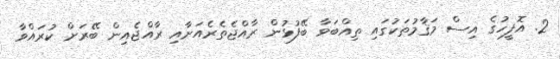
2. އޮފީހުގެ އިސް މަޤާމުތަކުގައި ތިއްބަވާ ބޭފުޅުން ރާއްޖެތެރެއަށާއި ރާއްޖެއިން ބޭރަށް ކުރައްވާ